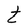
Character: t